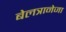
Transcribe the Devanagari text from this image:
बेलत्रानेजा